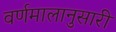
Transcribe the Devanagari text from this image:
वर्णमालानुसारी